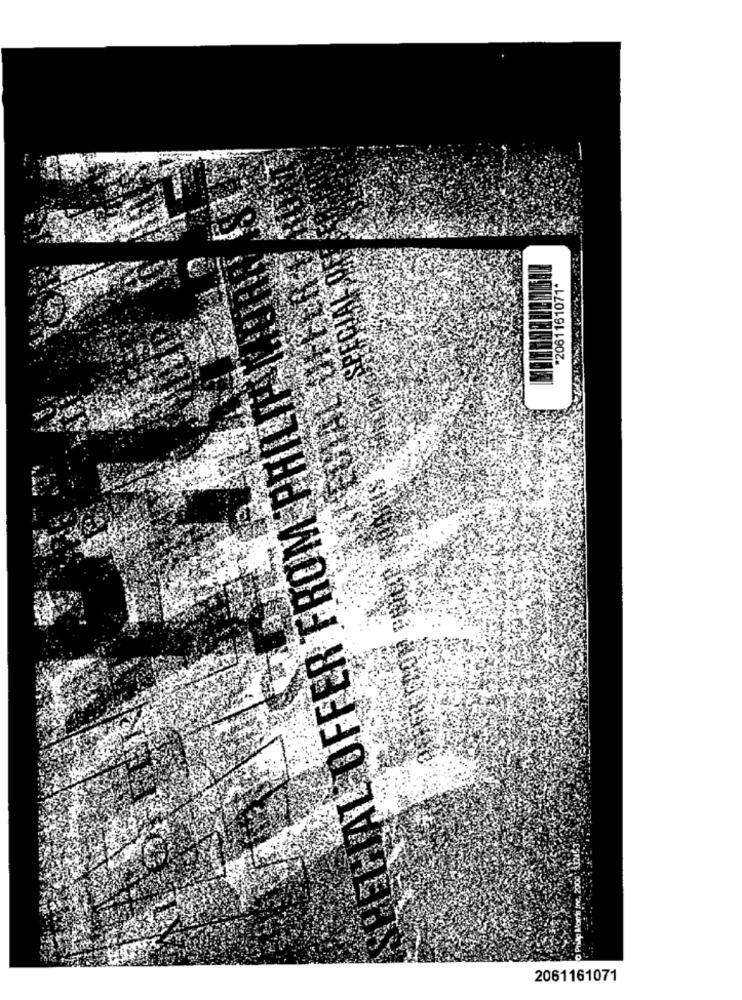
*2061161071*
HEL IAL OFFER FROM PRILITEN
O Pring Monts Inc. 2000 ) 932453
2061161071